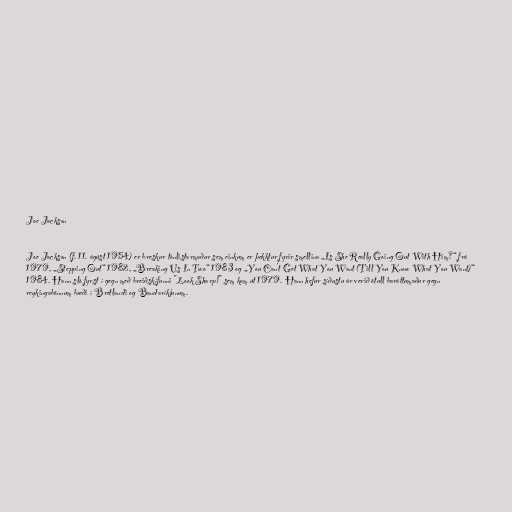
Joe Jackson

Joe Jackson (f. 11. ágúst 1954) er breskur tónlistarmaður sem einkum er þekktur fyrir smellina „Is She Really Going Out With Him?“ frá
1979, „Stepping Out“ 1982, „Breaking Us In Two“ 1983 og „You Can't Get What You Want (Till You Know What You Want)“
1984. Hann sló fyrst í gegn með breiðskífunni "Look Sharp!" sem kom út 1979. Hann hefur síðustu ár verið ötull baráttumaður gegn
reykingabönnum bæði í Bretlandi og Bandaríkjunum.